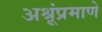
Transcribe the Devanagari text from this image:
अश्रूंप्रमाणे